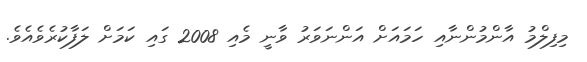
މިފިލްމު އާންމުންނާއި ހަމައަށް އަންނަވަރު ވާނީ މެއި 2008 ގައި ކަމަށް ލަފާކުރެވެއެވެ.